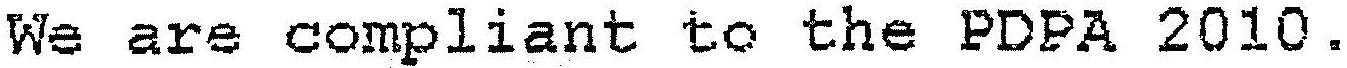
WE ARE COMPLIANT TO THE PDPA 2010.